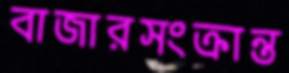
বাজারসংক্রান্ত